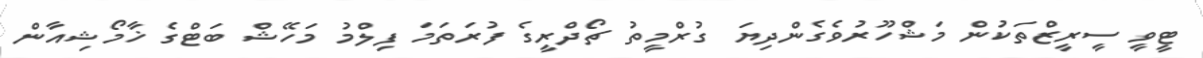
ޓީވީ ސީރީޒްތަކުން މަޝްހޫރުވެގެންދިޔަ ގުރްމީތު ޗޯދްރީގެ ފުރަތަމަ ފިލްމު މަހޭޝް ބަޓްގެ ޚާމޯޝިއާން